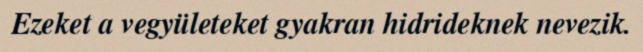
Ezeket a vegyületeket gyakran hidrideknek nevezik.